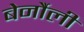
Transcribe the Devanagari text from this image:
बेर्नौली